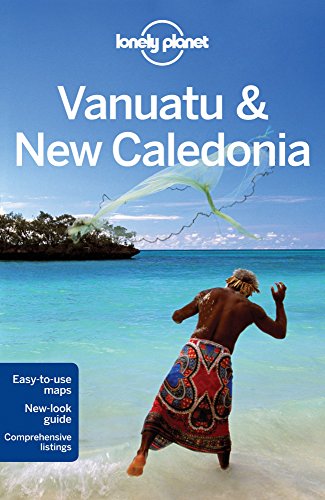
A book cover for Lonely Planet Vanuatu & New Caledonia (Travel Guide); Lonely Planet; Travel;